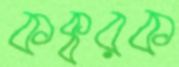
কক্বরক